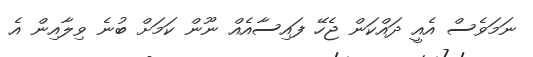
ނަމަވެސް އެއީ ދައްކަން ޖެހޭ ފައިސާއެއް ނޫން ކަމަށް ބުނެ ވިލާއިން އެ